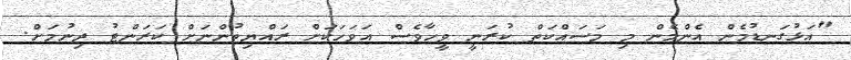
"އަޅުގަނޑުމެން އެންމެން މި މަސައްކަތް ކުރަނީ ވީހާވެސް އަވަހަކަށް ރައްޔިތުންނަށް ކަރަންޓު ދިނުމަށް.